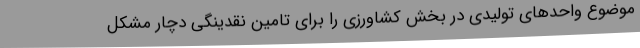
موضوع واحدهای تولیدی در بخش کشاورزی را برای تامین نقدینگی دچار مشکل